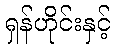
ရှန်ဟိုင်းနှင့်